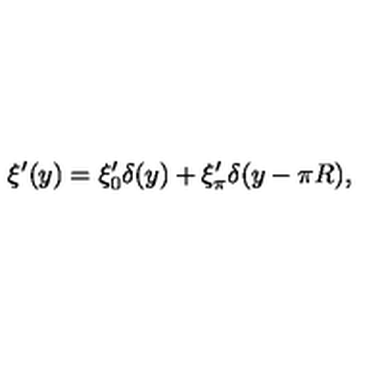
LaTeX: \xi ^ { \prime } ( y ) = \xi _ { 0 } ^ { \prime } \delta ( y ) + \xi _ { \pi } ^ { \prime } \delta ( y - \pi R ) ,